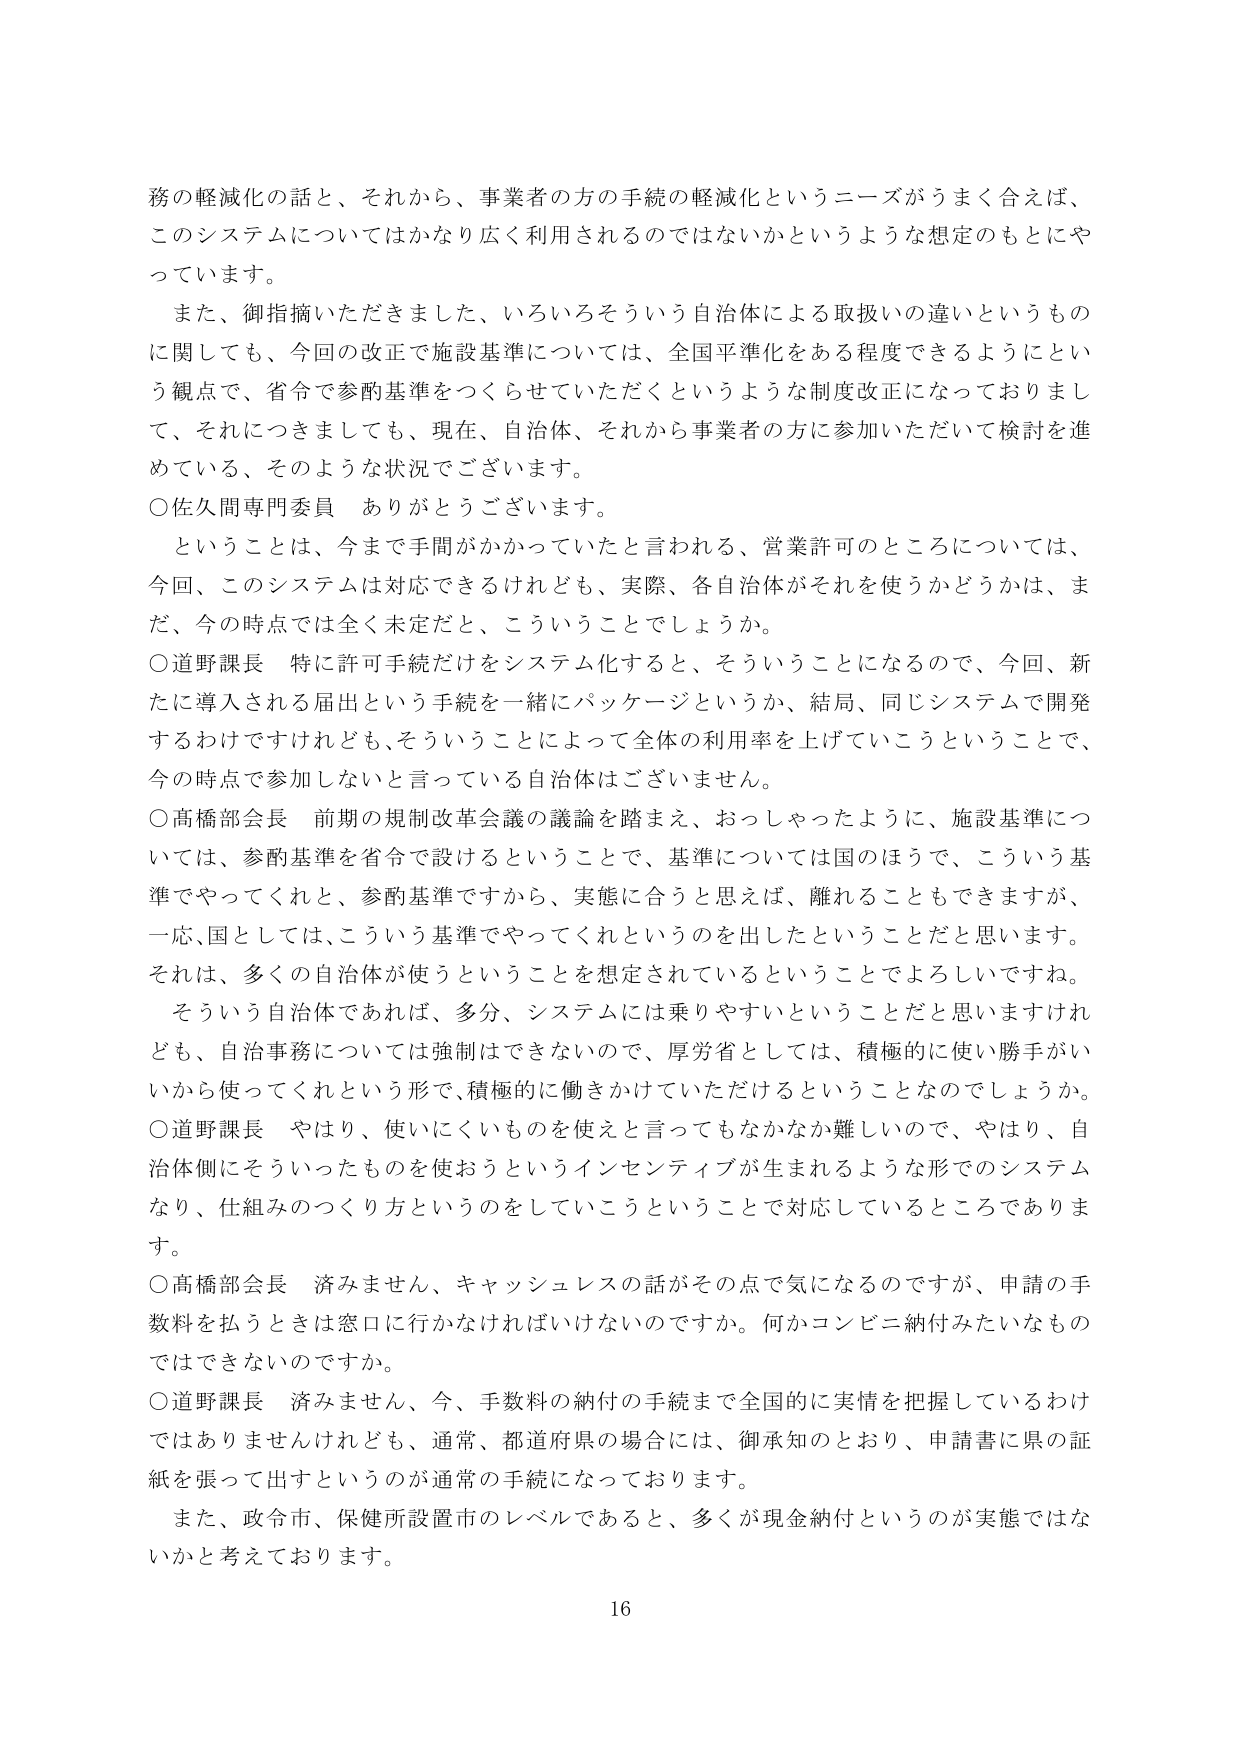
務の軽減化の話と、それから、事業者の方の手続の軽減化というニーズがうまく合えば、
このシステムについてはかなり広く利用されるのではないかというような想定のもとにやっていきます。

また、御指摘いただきました、いろいろそういう自治体による取扱いの違いというものに関してしても、今回の改正で施設基準については、全国平準化をある程度できるようにという観点で、省令で参酌基準をつくらせていただくというような制度改正になっておりまして、それにつきましても、現在、自治体、それから事業者の方に参加いただいて検討を進めている、そのような状況でございます。

○佐久間専門委員　ありがとうございます。

ということは、今まで手間がかかっていたと言われる、営業許可のところについては、今回、このシステムは対応できるけれども、実際、各自治体がそれを使うかどうかは、まだ、今の時点では全く未定だと、こういうことでしょうか。

○道野課長　特に許可手続だけをシステム化すると、そういうことになるので、今回、新たに導入される届出という手続を一緒にパッケージというか、結局、同じシステムで開発するわけですがけれども、そういうことによって全体の利用率を上げていこうということで、今の時点で参加しないと言っている自治体はございません。

○高橋部会長　前期の規制改革会議の議論を踏まえ、おっしゃったように、施設基準については、参酌基準を省令で設けるということで、基準については国のほうで、こういう基準でやってくれと、参酌基準ですから、実態に合うと思えば、離れることもできますが、一応、国としては、こういう基準でやってくれというのを出したということだと思います。それは、多くの自治体が使うということを想定されているということでしょうしいですね。

そういう自治体であれば、多分、システムには乗りやすいということだと思いますけれども、自治事務については強制はできないので、厚労省としては、積極的に使い勝手がいいから使ってくれという形で、積極的に働きかけていただけるということなのでしょうか。

○道野課長　やはり、使いにくいものを使えと言ってもなかなか難しいので、やはり、自治体側にそういったものを使おうというインセンティブが生まれるような形でのシステムなり、仕組みのつくり方というのをしていこうということで対応しているところであります。

○高橋部会長　済みません、キャッシュレスの話がその点で気になるのですが、申請の手数料を払うときは窓口に行かなければならないのですか。何かコンビニ納付みたいなものではできないのですか。

○道野課長　済みません、今、手数料の納付の手続まで全国的に実情を把握しているわけではありませんけれども、通常、都道府県の場合には、御承知のとおり、申請書に県の証紙を張って出すというのが通常の手続になっております。

また、政令市、保健所設置市のレベルであると、多くが現金納付というのが実態ではないかと考えております。

16